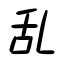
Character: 乱